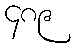
၄၈၉